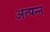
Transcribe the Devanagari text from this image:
अत्पन्न